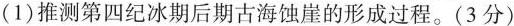
（1）推测第四纪冰期后期古海蚀崖的形成过程。（3分）